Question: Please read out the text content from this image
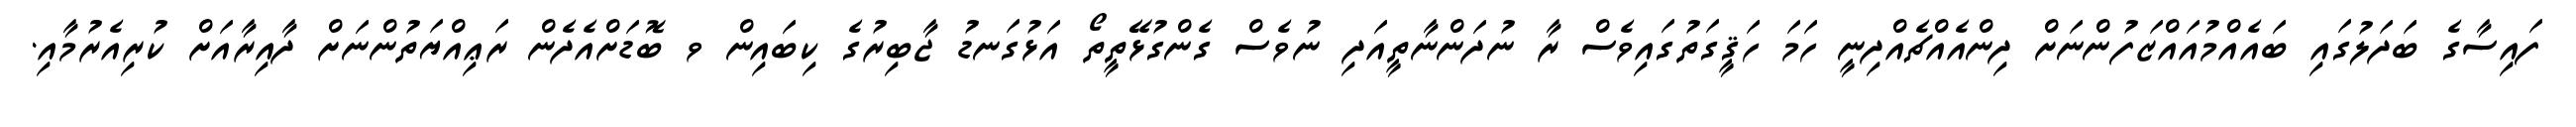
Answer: ފައިސާގެ ބަދަލުގައި ބައެއްމުއައްޒަފުންނަށް ދިންއެއްޗެއްދިނީ ހަމަ ހަޤީގަތުގައިވެސް ރާ ނުދަންނާތީއަދި ނުވެސް ގެންގުޅޭތީތޯ އަޅުގަނޑު ޖާބިރުގެ ކިބައިން ވ ބޮޑަށްއެދެން ރަޢިއްޔަތުންނަށް ދާއިރާއަށް ކުރިއެރުމާއި.